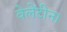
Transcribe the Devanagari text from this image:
वेलेंटीना